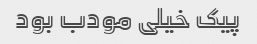
پیک خیلی مودب بود